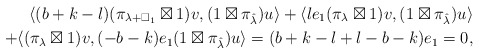
\begin{align*} \langle (b+k-l)(\pi_{\lambda+\square_1}\boxtimes 1)v,(1\boxtimes\pi_{\hat{\lambda}})u\rangle+\langle le_1(\pi_{\lambda}\boxtimes 1)v,(1\boxtimes\pi_{\hat{\lambda}})u\rangle \\+\langle (\pi_{\lambda}\boxtimes 1)v,(-b-k)e_1(1\boxtimes\pi_{\hat{\lambda}})u \rangle = (b+k-l+l-b-k)e_1 = 0, \end{align*}